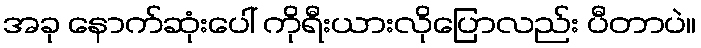
အခု နောက်ဆုံးပေါ် ကိုရီးယားလိုပြောလည်း ပီတာပဲ။